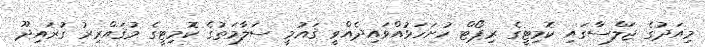
މިއަދުގެ ޖަލްސާގައި ކޮމިޓީގެ ރިޕޯޓް ހުށަހަޅުއްވައިދެއްވީ ޤައުމީ ސަލާމަތުގެ ކޮމިޓީގެ މުޤައްރިރު ގުރައިދޫ